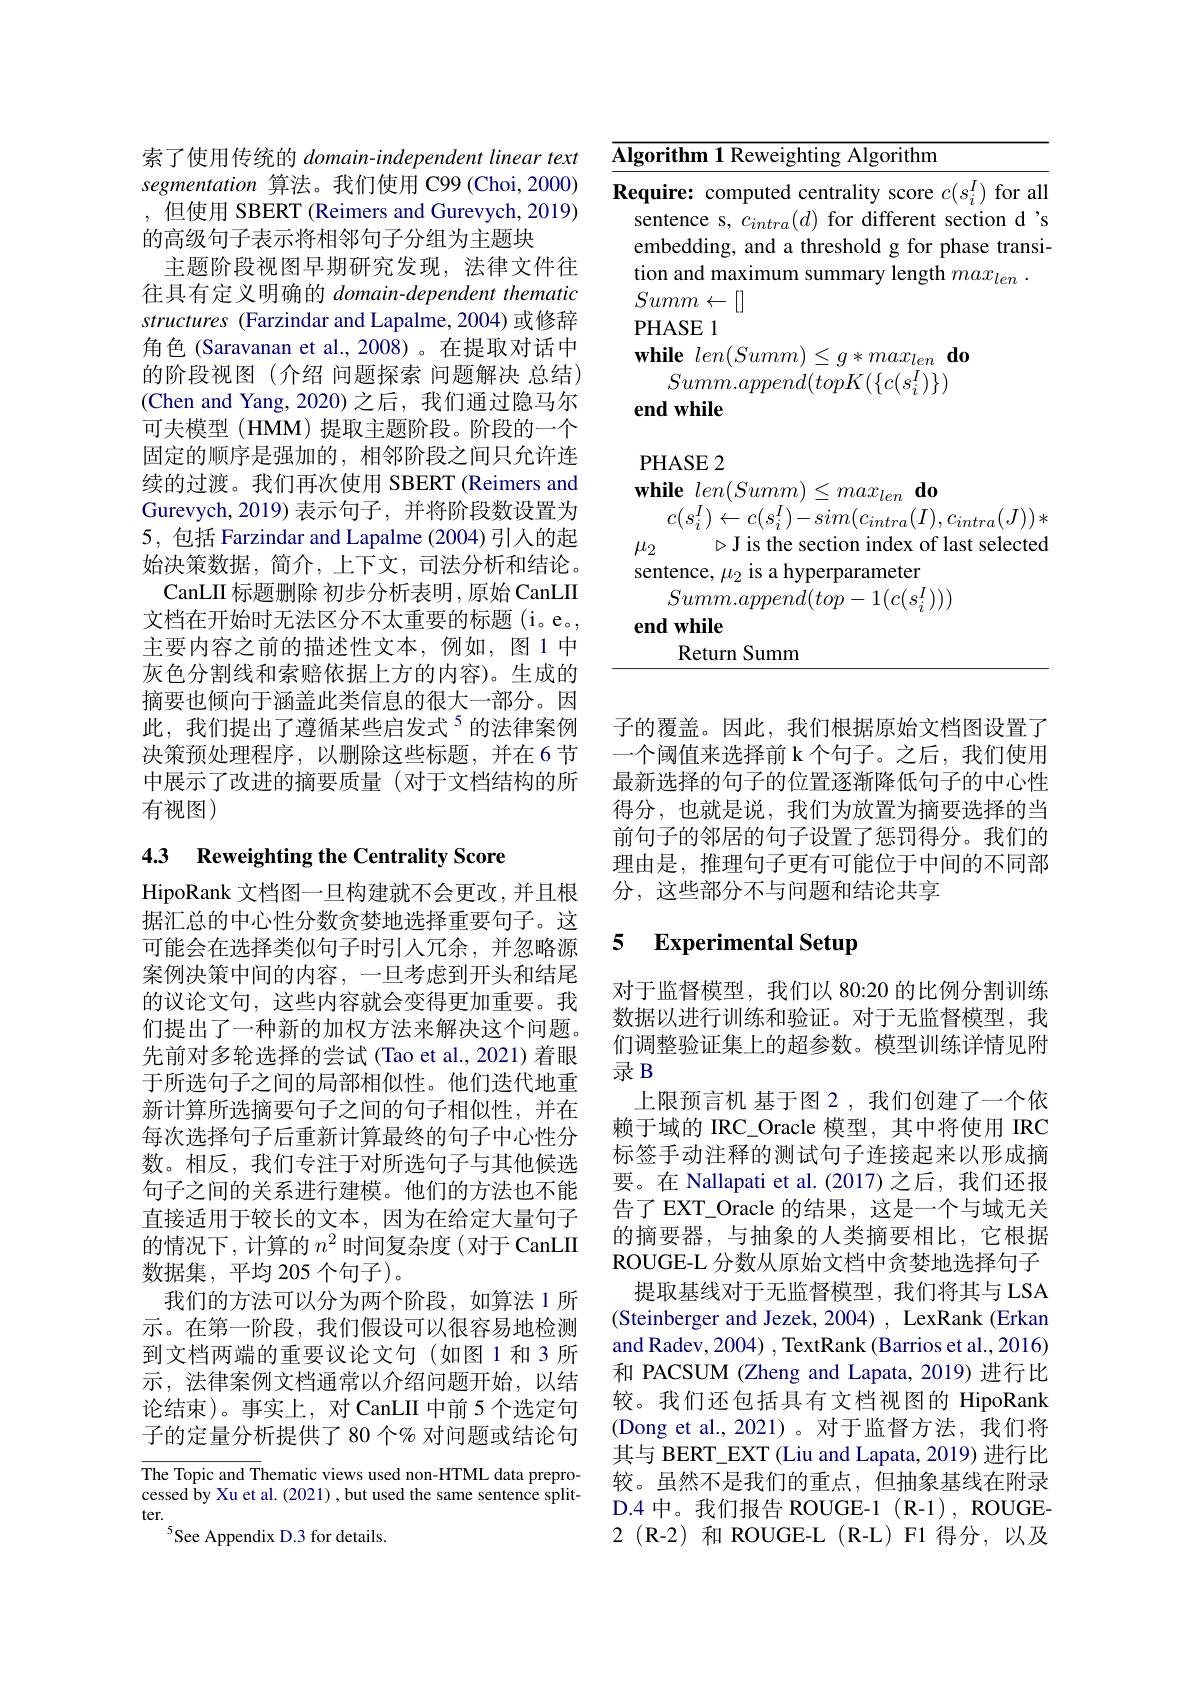
索了使用传统的 domain-independent linear text segmentation 算法。我们使用 C99 (Choi,2000) ,但使用 SBERT (Reimers and Gurevych, 2019) 的高级句子表示将相邻句子分组为主题块
主题阶段视图早期研究发现，法律文件往往具有定义明确的 domain-dependent thematic structures (Farzindar and Lapalme, 2004) 或修辞角色 (Saravanan et al.,2008)。在提取对话中的阶段视图(介绍 问题探索 问题解决 总结) (Chen and Yang,2020)之后，我们通过隐马尔可夫模型 (HMM) 提取主题阶段。阶段的一个固定的顺序是强加的，相邻阶段之间只允许连续的过渡。我们再次使用 SBERT (Reimers and Gurevych, 2019) 表示句子，并将阶段数设置为5, 包括 Farzindar and Lapalme (2004) 引入的起始决策数据，简介，上下文，司法分析和结论。
CanLII 标题删除 初步分析表明，原始 CanLII 文档在开始时无法区分不太重要的标题(i。e。, 主要内容之前的描述性文本，例如，图 1 中灰色分割线和索赔依据上方的内容)。生成的摘要也倾向于涵盖此类信息的很大一部分。因此，我们提出了遵循某些启发式$^{5}$的法律案例决策预处理程序，以删除这些标题，并在6节中展示了改进的摘要质量(对于文档结构的所有视图)

# 4.3 Reweighting the Centrality Score

HipoRank 文档图一旦构建就不会更改，并且根据汇总的中心性分数贪婪地选择重要句子。这可能会在选择类似句子时引人冗余，并忽略源案例决策中间的内容，一旦考虑到开头和结尾的议论文句，这些内容就会变得更加重要。我们提出了一种新的加权方法来解决这个问题。先前对多轮选择的尝试(Tao et al., 2021) 着眼于所选句子之间的局部相似性。他们迭代地重新计算所选摘要句子之间的句子相似性，并在每次选择句子后重新计算最终的句子中心性分数。相反，我们专注于对所选句子与其他候选句子之间的关系进行建模。他们的方法也不能直接适用于较长的文本，因为在给定大量句子的情况下，计算的$n^{2}$时间复杂度(对于 CanLII 数据集，平均 205 个句子)。
我们的方法可以分为两个阶段，如算法 1 所示。在第一阶段，我们假设可以很容易地检测到文档两端的重要议论文句(如图 1 和 3 所示，法律案例文档通常以介绍问题开始，以结论结束)。事实上，对 CanLII 中前 5 个选定句子的定量分析提供了 80 个% 对问题或结论句

$\overline{\text{The Topic and Thematic views used non-HTML data prepro-}}$ cessed by Xu et al. (2021) , but used the same sentence splitter.
$^{5}$See Appendix D.3 for details.

<table>
	<tbody>
		<tr>
			<td>$\overline{\mathbf{I}}_{3}$</td>
			<td>rithm 1 Reweighting Algorithm</td>
		</tr>
		<tr>
			<td> </td>
			<td>IASE 1 $\textbf{nile }len( Summ) \leq g* max_{len}\textbf{ do}$ $Summ.append(topK(\{c(s_{i}^{I})\})$ $\textbf{d while}$</td>
		</tr>
	</tbody>
</table>

子的覆盖。因此，我们根据原始文档图设置了一个阈值来选择前 k 个句子。之后，我们使用最新选择的句子的位置逐渐降低句子的中心性得分，也就是说，我们为放置为摘要选择的当前句子的邻居的句子设置了惩罚得分。我们的理由是，推理句子更有可能位于中间的不同部分，这些部分不与问题和结论共享

### 5 $\textbf{Experimental Setup}$

录 B

对于监督模型，我们以 80:20 的比例分割训练数据以进行训练和验证。对于无监督模型，我们调整验证集上的超参数。模型训练详情见附
上限预言机 基于图 2,我们创建了一个依赖于域的 IRC\_Oracle 模型，其中将使用 IRC 标签手动注释的测试句子连接起来以形成摘要。在 Nallapati et al. (2017) 之后，我们还报告了EXT\_Oracle 的结果，这是一个与域无关的摘要器，与抽象的人类摘要相比，它根据ROUGE-L 分数从原始文档中贪婪地选择句子
提取基线对于无监督模型，我们将其与 LSA (Steinberger and Jezek, 2004) , LexRank (Erkan and Radev, 2004) , TextRank (Barrios et al., 2016) 和 PACSUM (Zheng and Lapata, 2019) 进行比较。我们还包括具有文档视图的 HipoRank (Dong et al.,2021)。对于监督方法，我们将其与 BERT\_EXT (Liu and Lapata, 2019) 进行比较。虽然不是我们的重点，但抽象基线在附录D.4 中。我们报告 ROUGE-1 (R-1), ROUGE- 2(R-2)和 ROUGE-L(R-L)F1 得分，以及